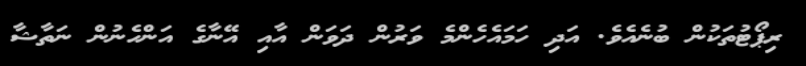
ރިޕޯޓުތަކުން ބުނެއެވެ. އަދި ހަމައެހެންމެ ވަރުން ދަވަން އާއި އޭނާގެ އަންހެނުން ނަތާޝާ